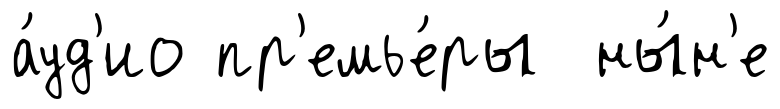
а́уд'ио пр'емье́ры ны́н'е